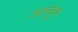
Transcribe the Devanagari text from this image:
आनंदून